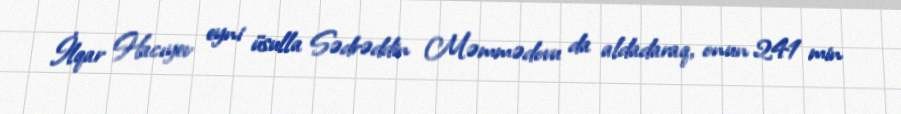
İlqar Hacıyev eyni üsulla Sədrəddin Məmmədovu da aldadaraq, onun 241 min